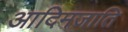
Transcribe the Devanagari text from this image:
आदिमजाति